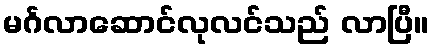
မင်္ဂလာဆောင်လုလင်သည် လာပြီ။